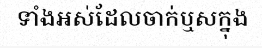
ទាំងអស់ដែលចាក់ឬសក្នុង